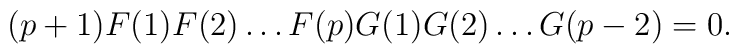
(p+1) F(1) F(2) \ldots F(p) G(1) G(2) \ldots G(p-2) = 0.